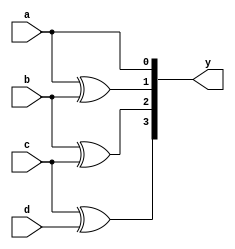
`timescale 1ns / 1ps



module bingr(input a,b,c,d,output [3:0] y);
assign y[0]=a;
xor x_1(y[1],a,b);
xor x_2(y[2],b,c);
xor x_3(y[3],c,d);
endmodule